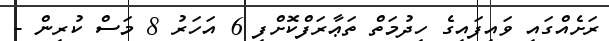
ރަށެއްގައި ވައިފައިގެ ހިދުމަތް ތަޢާރަފްކޮށްފި 6 އަހަރު 8 މަސް ކުރިން -